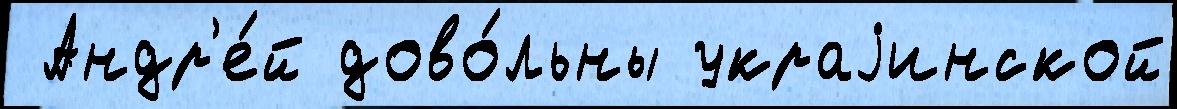
 Андр'е́й дово́льны украjинской